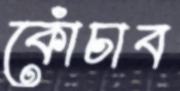
কোঁচাব